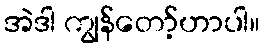
အဲဒါ ကျွန်တော့်ဟာပါ။